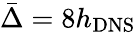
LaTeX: \bar{\Delta}=8h_{\mathrm{{DNS}}}